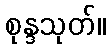
စုန္ဒသုတ်။